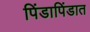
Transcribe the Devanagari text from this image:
पिंडापिंडात